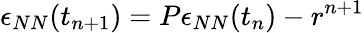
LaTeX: \epsilon_{NN}(t_{n+1})=P\epsilon_{NN}(t_{n})-r^{n+1}